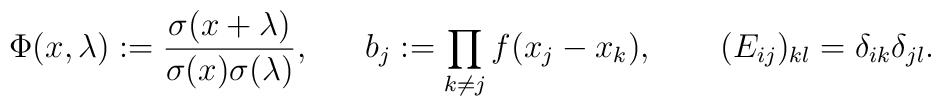
\Phi (x,\lambda ):=\frac{\sigma (x+\lambda )}{\sigma (x)\sigma (\lambda )},\mbox{$\ \ \ \ $}\ b_{j}:=\prod_{k\neq j}f(x_{j}-x_{k}),\ \ \ \mbox{$\ \ \ $}(E_{ij})_{kl}=\delta _{ik}\delta _{jl}.